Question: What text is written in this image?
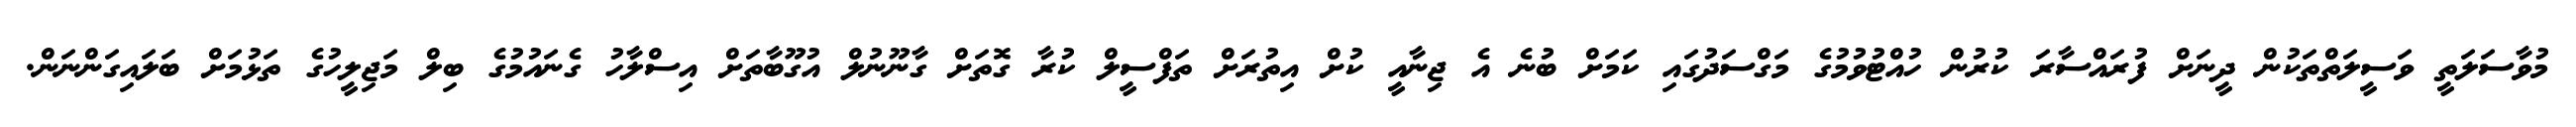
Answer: މުވާސަލަތީ ވަސީލަތްތަކުން ދީނަށް ފުރައްސާރަ ކުރުން ހުއްޓުވުމުގެ މަގްސަދުގައި ކަމަށް ބުނެ އެ ޖިނާއީ ކުށް އިތުރަށް ތަފްސީލް ކުރާ ގޮތަށް ގާނޫނުލް އުގޫބާތަށް އިސްލާހު ގެނައުމުގެ ބިލް މަޖިލީހުގެ ތަޅުމަށް ބަލައިގަންނަން.